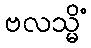
ဗလသ္မိံ